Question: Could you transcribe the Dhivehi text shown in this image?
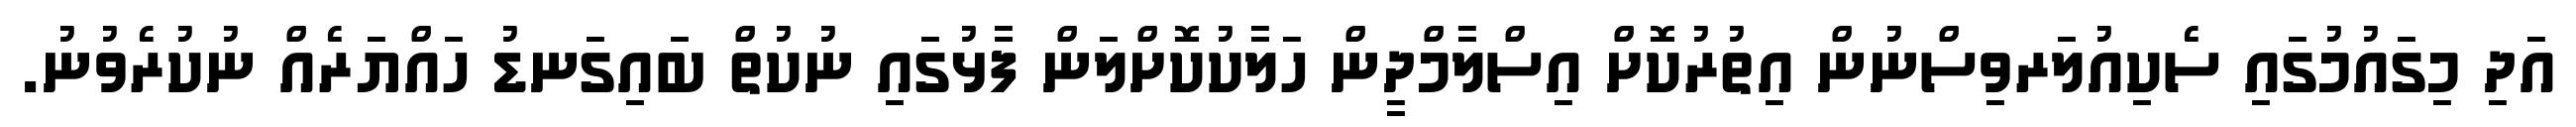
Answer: އަދި މިގައުމުގައި ސެކިއުލަރވިސްނުން އިތުރުކޮށް އިސްލާމްދީން ހަލާކުކޮށްލަން ފާޅުގައި ނުކުތް ބައިގަނޑު ހައްޔަރެއް ނުކުރެވުނު.